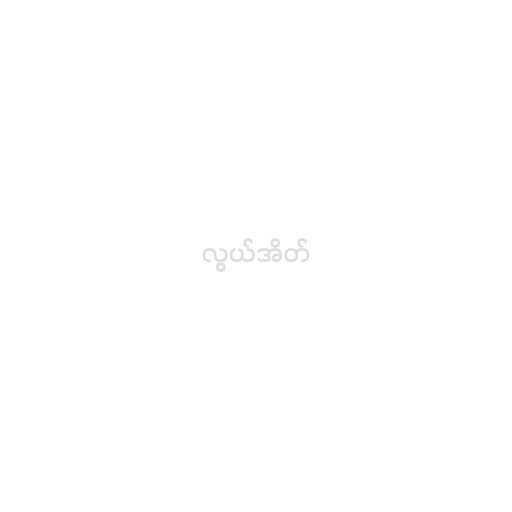
လွယ်အိတ်